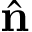
\hat { \mathbf { n } }